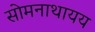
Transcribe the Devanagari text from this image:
सोमनाथायय